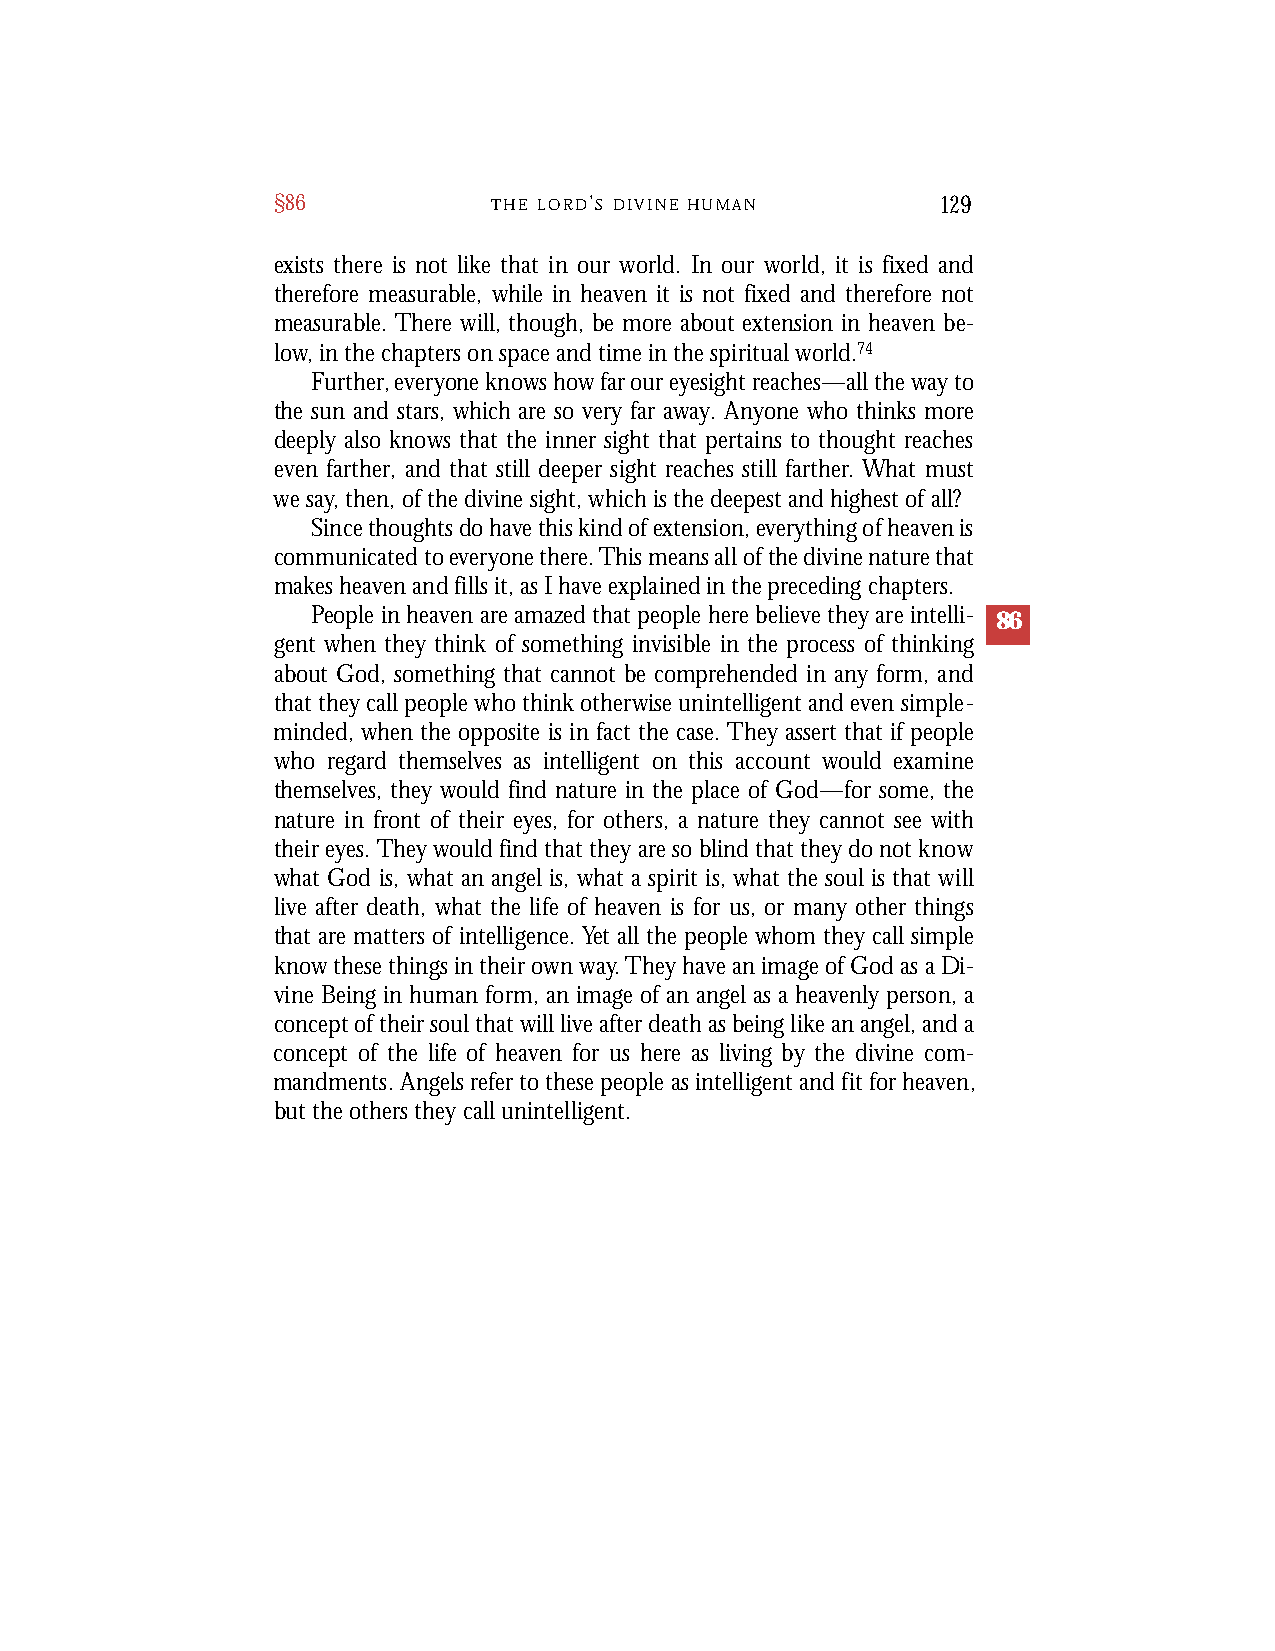
§86            T H E L O R D’S D I V I N E H U M A N 129
 exists there is not like that in our world. In our world, it is fixed and
 therefore measurable, while in heaven it is not fixed and therefore not
 measurable. There will, though, be more about extension in heaven be-
 low, in the chapters on space and time in the spiritual world.74
 Further, everyone knows how far our eyesight reaches—all the way to
 the sun and stars, which are so very far away. Anyone who thinks more
 deeply also knows that the inner sight that pertains to thought reaches
 even farther, and that still deeper sight reaches still farther. What must
 we say, then, of the divine sight, which is the deepest and highest of all?
 Sincethoughtsdohavethiskindofextension,everythingofheavenis
 communicatedtoeveryonethere.Thismeansallofthedivinenaturethat
 makesheavenandfills it,as Ihaveexplainedinthepreceding chapters.
 People in heaven are amazed that people here believe they are intelli- 86
 gent when they think of something invisible in the process of thinking
 about God, something that cannot be comprehended in any form, and
 that they call people who think otherwise unintelligent and even simple-
 minded, when the opposite is in fact the case. They assert that if people
 who regard themselves as intelligent on this account would examine
 themselves, they would find nature in the place of God—for some, the
 nature in front of their eyes, for others, a nature they cannot see with
 their eyes. They would find that they are so blind that they do not know
 what God is, what an angel is, what a spirit is, what the soul is that will
 live after death, what the life of heaven is for us, or many other things
 that are matters of intelligence. Yet all the people whom they call simple
 know these things in their own way.They have an image of God as a Di-
 vine Being in human form, an image of an angel as a heavenly person, a
 concept of their soul that will live after death as being like an angel, and a
 concept of the life of heaven for us here as living by the divine com-
 mandments. Angels refer to these people as intelligent and fit for heaven,
 but the others they call unintelligent.